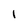
Character: I